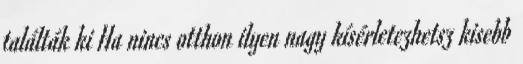
találták ki Ha nincs otthon ilyen nagy kísérletezhetsz kisebb